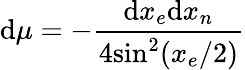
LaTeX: \mathrm{d}\mu=-\frac{{\mathrm{d}x_{e}\mathrm{d}x_{n}}}{{4\mathrm{{sin}}^{2}(x_{e}/2)}}